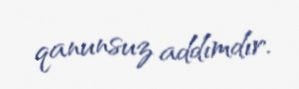
qanunsuz addımdır.